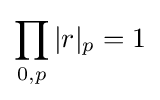
\prod _{0,p}|r|_{p}=1